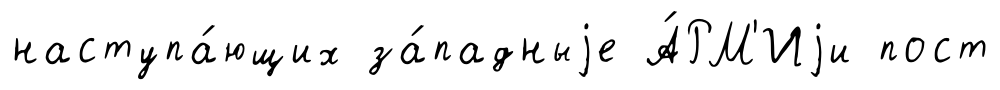
наступа́ющих за́падныjе А́РМ'Иjи пост